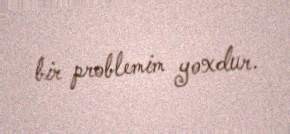
bir problemim yoxdur.